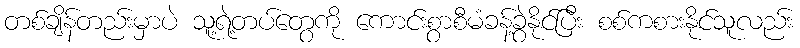
တစ်ချိန်တည်းမှာပဲ သူ့ရဲ့တပ်တွေကို ကောင်းစွာစီမံခန့်ခွဲနိုင်ပြီး စစ်ကစားနိုင်သူလည်း